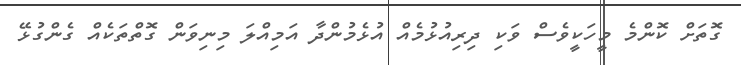
ގޮތަށް ކޮންމެ މީހަކީވެސް ވަކި ދިރިއުޅުމެއް އުޅެމުންދާ އަމިއްލަ މިނިވަން ގޮތްތަކެއް ގެންގުޅޭ